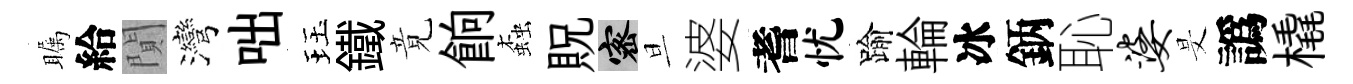
瞩給閴灣咄珏鐵竟餉螙貺密旦婆耆忧踰輪冰鈵恥婆旻譌橇